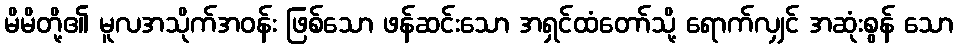
မိမိတို့၏ မူလအသိုက်အဝန်း ဖြစ်သော ဖန်ဆင်းသော အရှင်ထံတော်သို့ ရောက်လျှင် အဆုံးစွန် သော